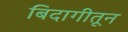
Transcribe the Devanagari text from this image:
बिदागीतून